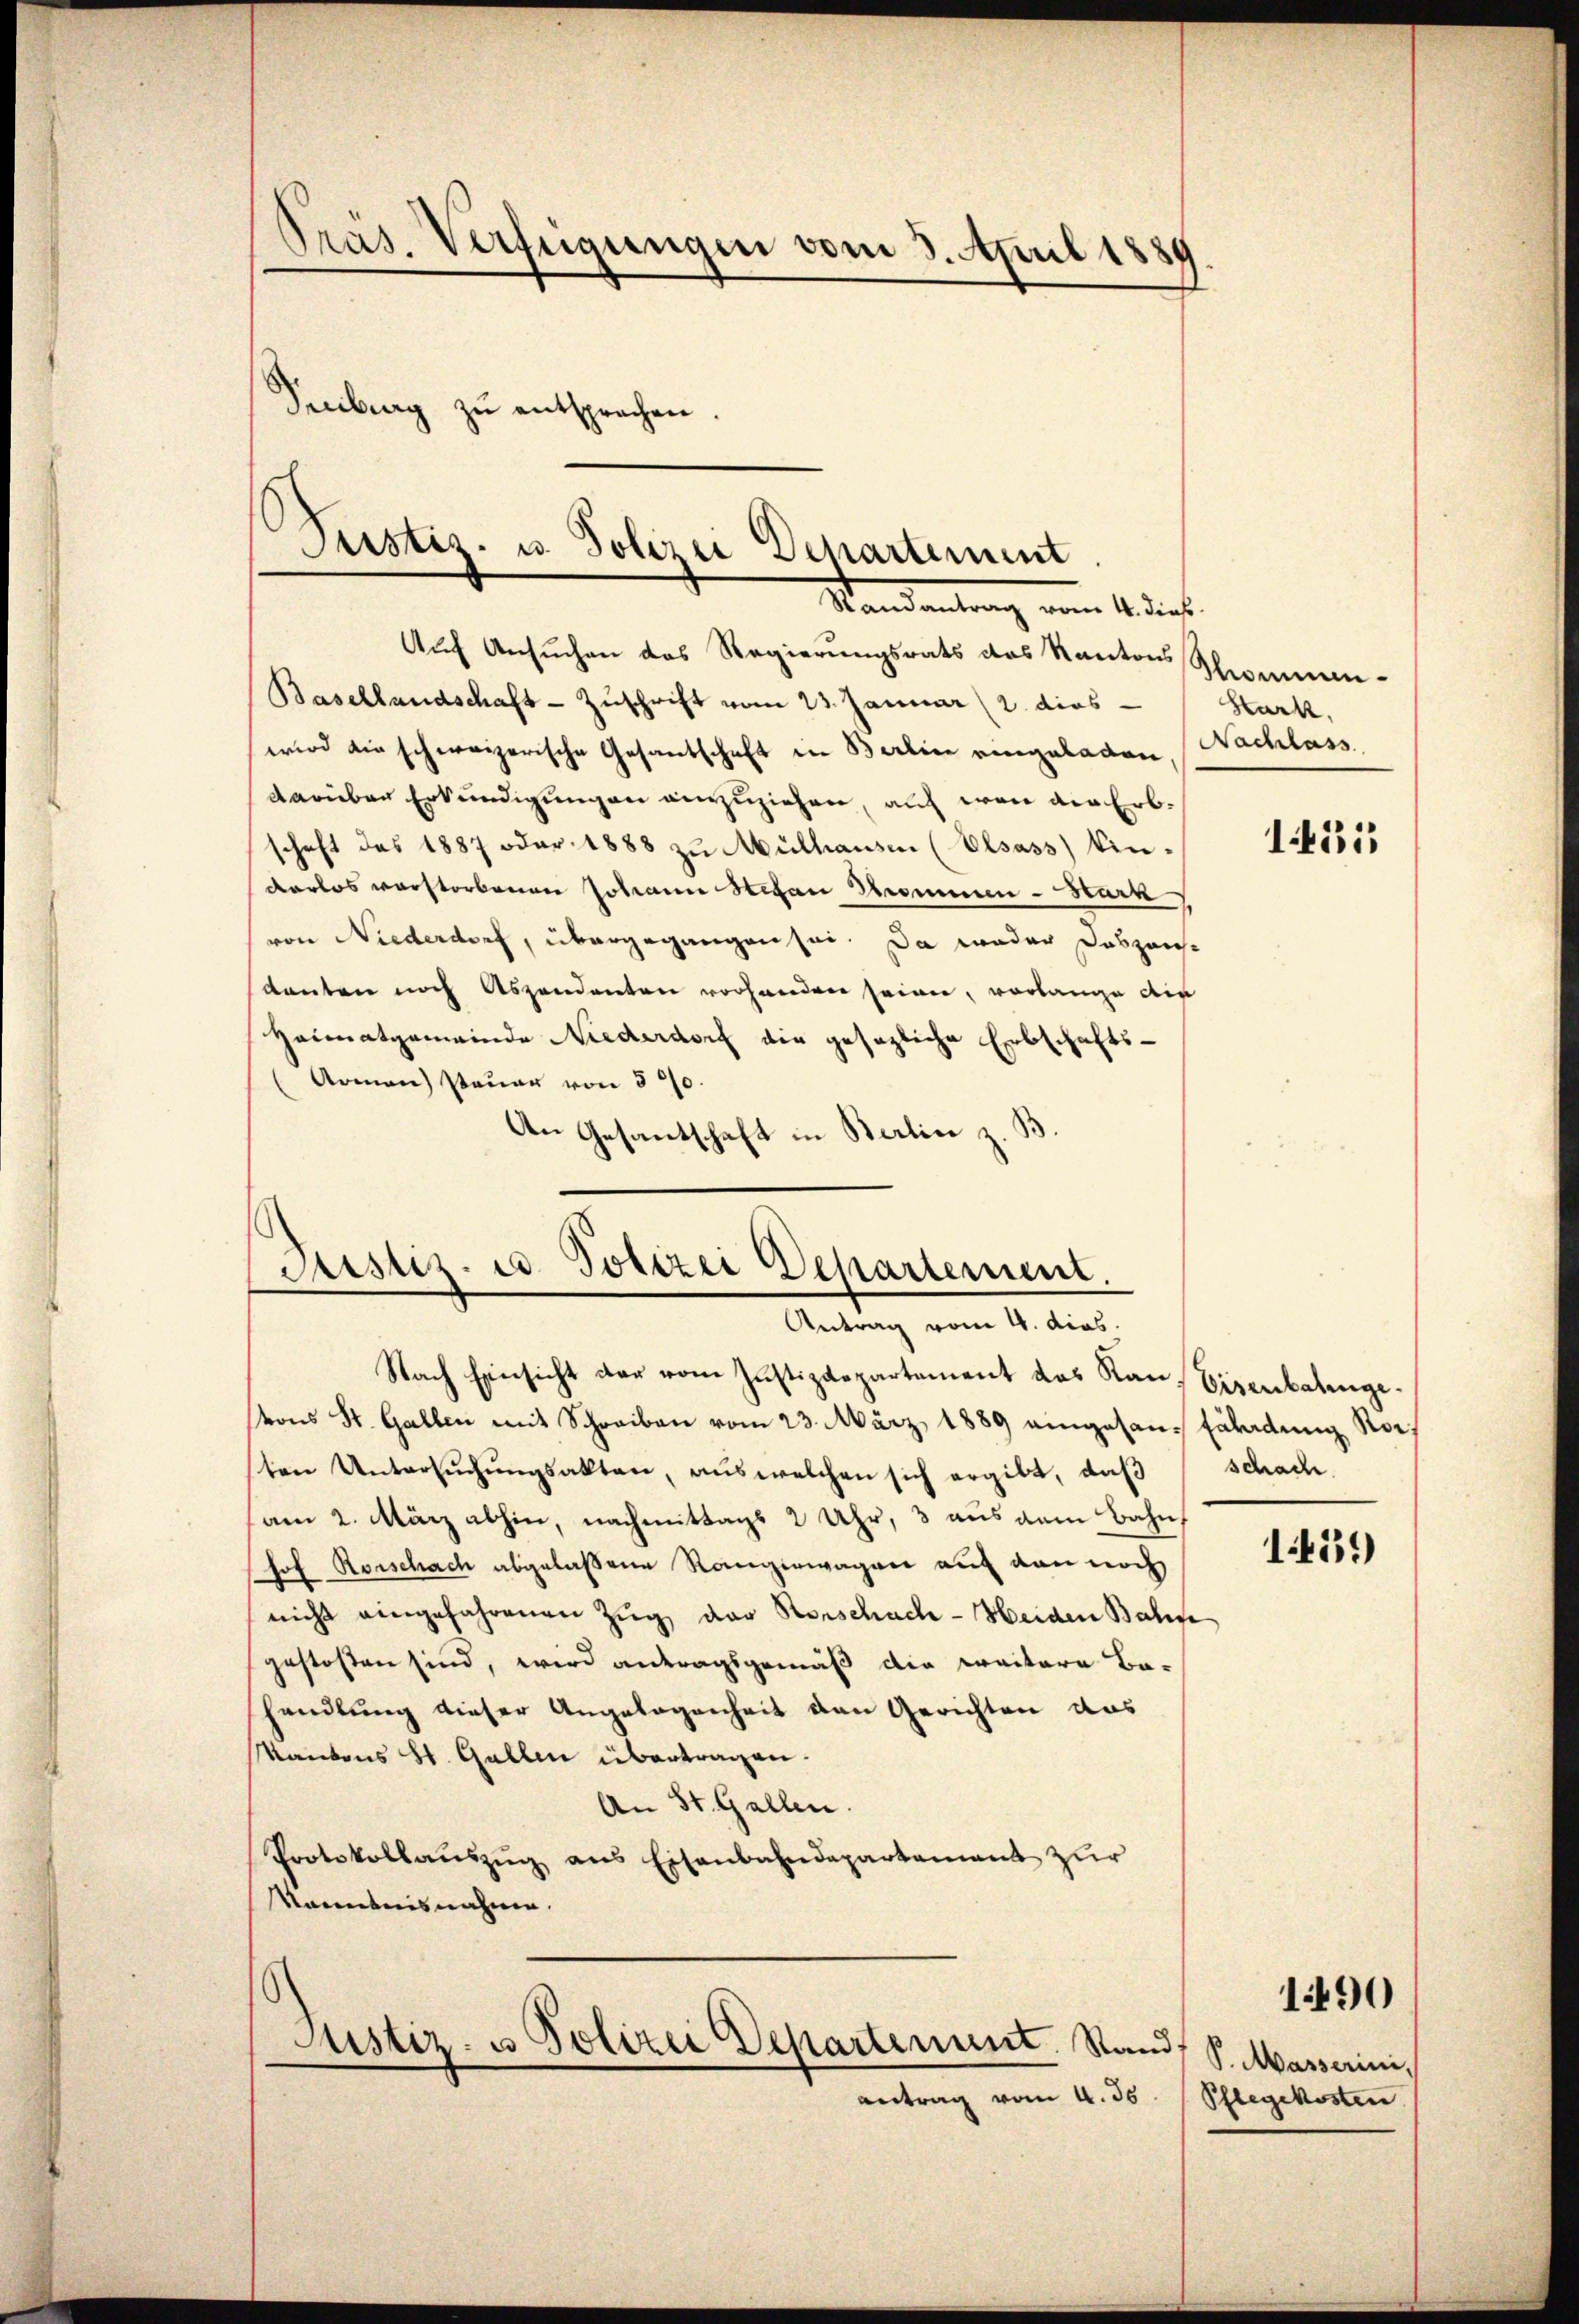
Pras. Verfügungen vom 3. April 1889
Peciburg zŭ entsprechen.

Justiz- u. Polizei Departement
Mandantrag vom 14. ds.

Auf Ansuchen das Regierungsrats das Kantons
Basellandschaft-Zuschrift vom 23. Januar (2. dies
wird die schweizerische Gesandschaft in Berlin eingeladen Nachlass
darüber Erkundigungen einzuziehen, auch wo die Erbschaft des 1887 oder 1888 zu Mülhausen (Elsass Kin-
derlos verstorbenen Johann Stefan Trommen - Hark
von Niederdorf, übergegangen sei. Da weder Deszeich-
kanton noch Aszendenten vorhanden seinen, vorlange die
Heimatgemeinde Niederdorf die gesezliche Erbschafts¬
Armen) steuer von 570.
An Gesantschaft in Berlin z. B.

Passiz. ed. Polizei Departement.
Antrag vom 4. dies.

Thomman¬
Hark.

Nach Einsicht der vom Justizdepartement des Kan, Eisenbatengevons St. Gallen mit Schreiben vom 23. März 1889 eingesan-Fäladung Roch
sten Untersŭchŭngsakten, aus welchen sich ergibt, daß
am 2. März abhin, nachmittags 2 Uhr, 3 aus dem Bahn
hof Rorschach abgelaßene Rangenwagen auf den noch
nicht eingefahrenen Zŭg der Rorschach-Heiden Bahne
gestossen sind, wird antragsgemäß die weitere Be-
handlung dieser Angelegenheit den Gerichten das
Kantons St. Gallen übertragen.
An St. Gallen.
Protokollaŭszŭg ans Eisenbahndepartement zur
Nominis nahme.
.
Justiz- u Polizei Departenant. Stand:
antrag vom 4. 35.

151

schach

1459

S. Masserini,
Pflegekosten.

1490